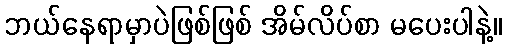
ဘယ်နေရာမှာပဲဖြစ်ဖြစ် အိမ်လိပ်စာ မပေးပါနဲ့။